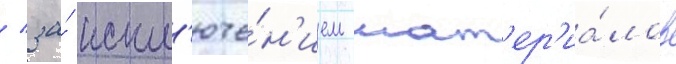
/ за́ искл'юче́н'ием мат'ер'иа́лов